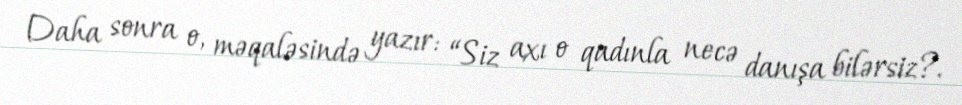
Daha sonra o, məqaləsində yazır: “Siz axı o qadınla necə danışa bilərsiz?.